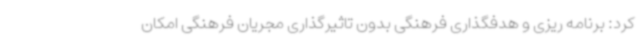
کرد: برنامه ریزی و هدفگذاری فرهنگی بدون تاثیرگذاری مجریان فرهنگی امکان